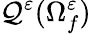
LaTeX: \mathcal{Q}^{\varepsilon}(\Omega_{f}^{\varepsilon})